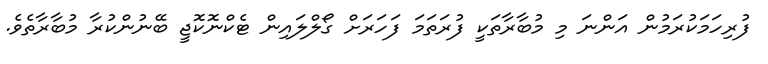
ފުރިހަމަކުރަމުން އަންނަ މި މުބާރާތަކީ ފުރަތަމަ ފަހަރަށް ގޯލްލައިން ޓެކްނޮކޮޖީ ބޭނުންކުރާ މުބާރާތެވެ.